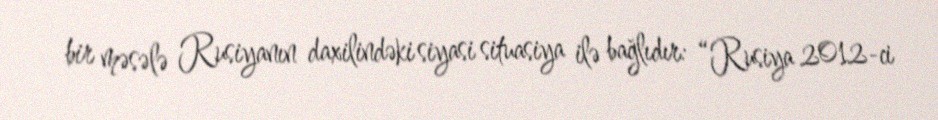
bir məsələ Rusiyanın daxilindəki siyasi situasiya ilə bağlıdır: “Rusiya 2012-ci